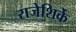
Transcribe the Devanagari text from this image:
राजेशिर्के